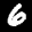
Label: 6